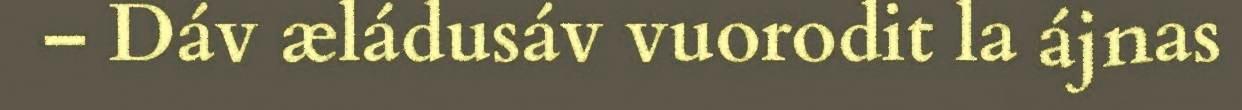
– Dáv æládusáv vuorodit la ájnas